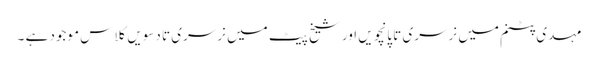
مہدی پٹنم میں نرسری تا پانچویں اور شیخ پیٹ میں نرسری تا دسویں کلاس موجود ہے ۔